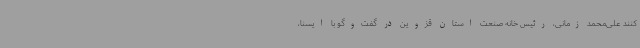
کنند علی‌محمد زمانی، رئیس خانه صنعت استان قزوین در گفت‌وگو با ایسنا،